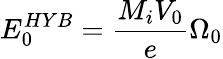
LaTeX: E_{0}^{HYB}=\frac{M_{i}V_{0}}{e}\Omega_{0}